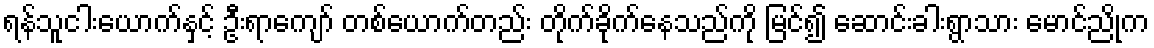
ရန်သူငါးယောက်နှင့် ဦးရာကျော် တစ်ယောက်တည်း တိုက်ခိုက်နေသည်ကို မြင်၍ ဆောင်းခါးရွာသား မောင်ညိုက